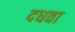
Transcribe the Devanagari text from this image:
दधवा